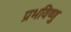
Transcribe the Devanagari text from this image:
प्रभविष्णु